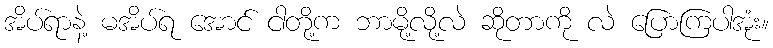
အိပ်ရာနဲ့ မအိပ်ရ အောင် ငါတို့က ဘာမို့လို့လဲ ဆိုတာကို လဲ ပြောကြပါအုံး။